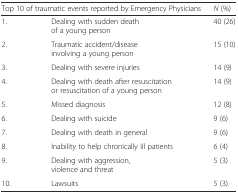
<table><thead><tr><td colspan="2"><b>Top 10 of traumatic events reported by Emergency Physicians</b></td><td><b><i>N</i> (%)</b></td></tr></thead><tbody><tr><td>1.</td><td>Dealing with sudden death of a young person</td><td>40 (26)</td></tr><tr><td>2.</td><td>Traumatic accident/disease involving a young person</td><td>15 (10)</td></tr><tr><td>3.</td><td>Dealing with severe injuries</td><td>14 (9)</td></tr><tr><td>4.</td><td>Dealing with death after resuscitation or resuscitation of a young person</td><td>14 (9)</td></tr><tr><td>5.</td><td>Missed diagnosis</td><td>12 (8)</td></tr><tr><td>6.</td><td>Dealing with suicide</td><td>9 (6)</td></tr><tr><td>7.</td><td>Dealing with death in general</td><td>9 (6)</td></tr><tr><td>8.</td><td>Inability to help chronically ill patients</td><td>6 (4)</td></tr><tr><td>9.</td><td>Dealing with aggression, violence and threat</td><td>5 (3)</td></tr><tr><td>10.</td><td>Lawsuits</td><td>5 (3)</td></tr></tbody></table>